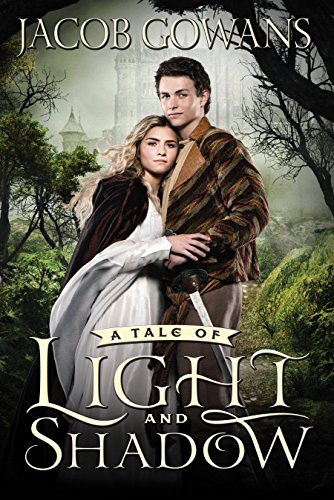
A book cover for A Tale of Light and Shadow; Jacob Gowans; Teen & Young Adult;